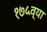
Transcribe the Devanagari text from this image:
१७५व्या